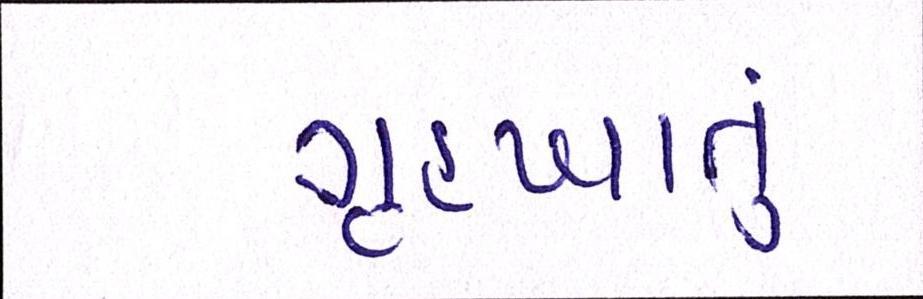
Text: ગૃહખાતું